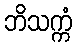
ဘိသက္ကံ